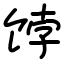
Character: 饽